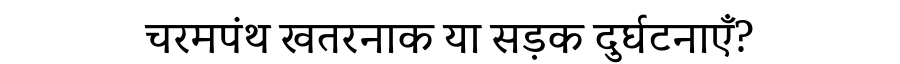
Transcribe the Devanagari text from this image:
चरमपंथ खतरनाक या सड़क दुर्घटनाएँ?